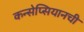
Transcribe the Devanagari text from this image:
कन्सेप्सियानची